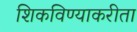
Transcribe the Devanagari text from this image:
शिकविण्याकरीता